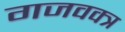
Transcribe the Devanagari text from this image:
गजवक्त्र